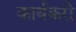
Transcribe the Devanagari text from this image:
कार्यकरी